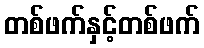
တစ်ဖက်နှင့်တစ်ဖက်